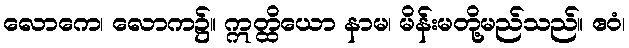
လောကေ၊ လောက၌။ ဣတ္ထိယော နာမ၊ မိန်းမတို့မည်သည်။ ဧဝံ၊